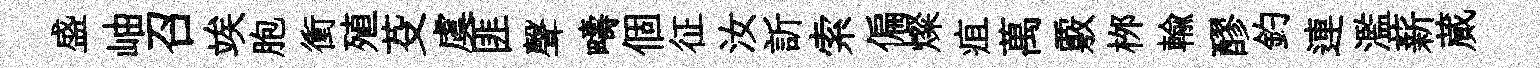
盛岫召竢胞衝殖芟虞匪聲疇個征汝訢索偏燦疽萬覈桞輸醪釣連濫薪蕆